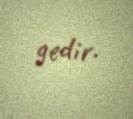
gedir.